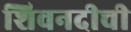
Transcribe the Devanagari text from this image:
शिवनदीची